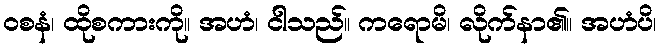
ဝစနံ၊ ထိုစကားကို။ အဟံ၊ ငါသည်။ ကရောမိ၊ လိုက်နာ၏။ အဟံပိ၊